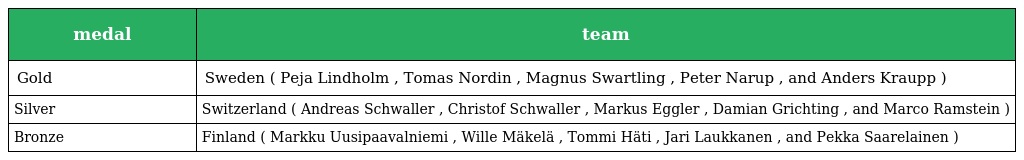
| medal | team |
 | --- | --- |
 | Gold | Sweden ( Peja Lindholm , Tomas Nordin , Magnus Swartling , Peter Narup , and Anders Kraupp ) |
 | Silver | Switzerland ( Andreas Schwaller , Christof Schwaller , Markus Eggler , Damian Grichting , and Marco Ramstein ) |
 | Bronze | Finland ( Markku Uusipaavalniemi , Wille Mäkelä , Tommi Häti , Jari Laukkanen , and Pekka Saarelainen ) |